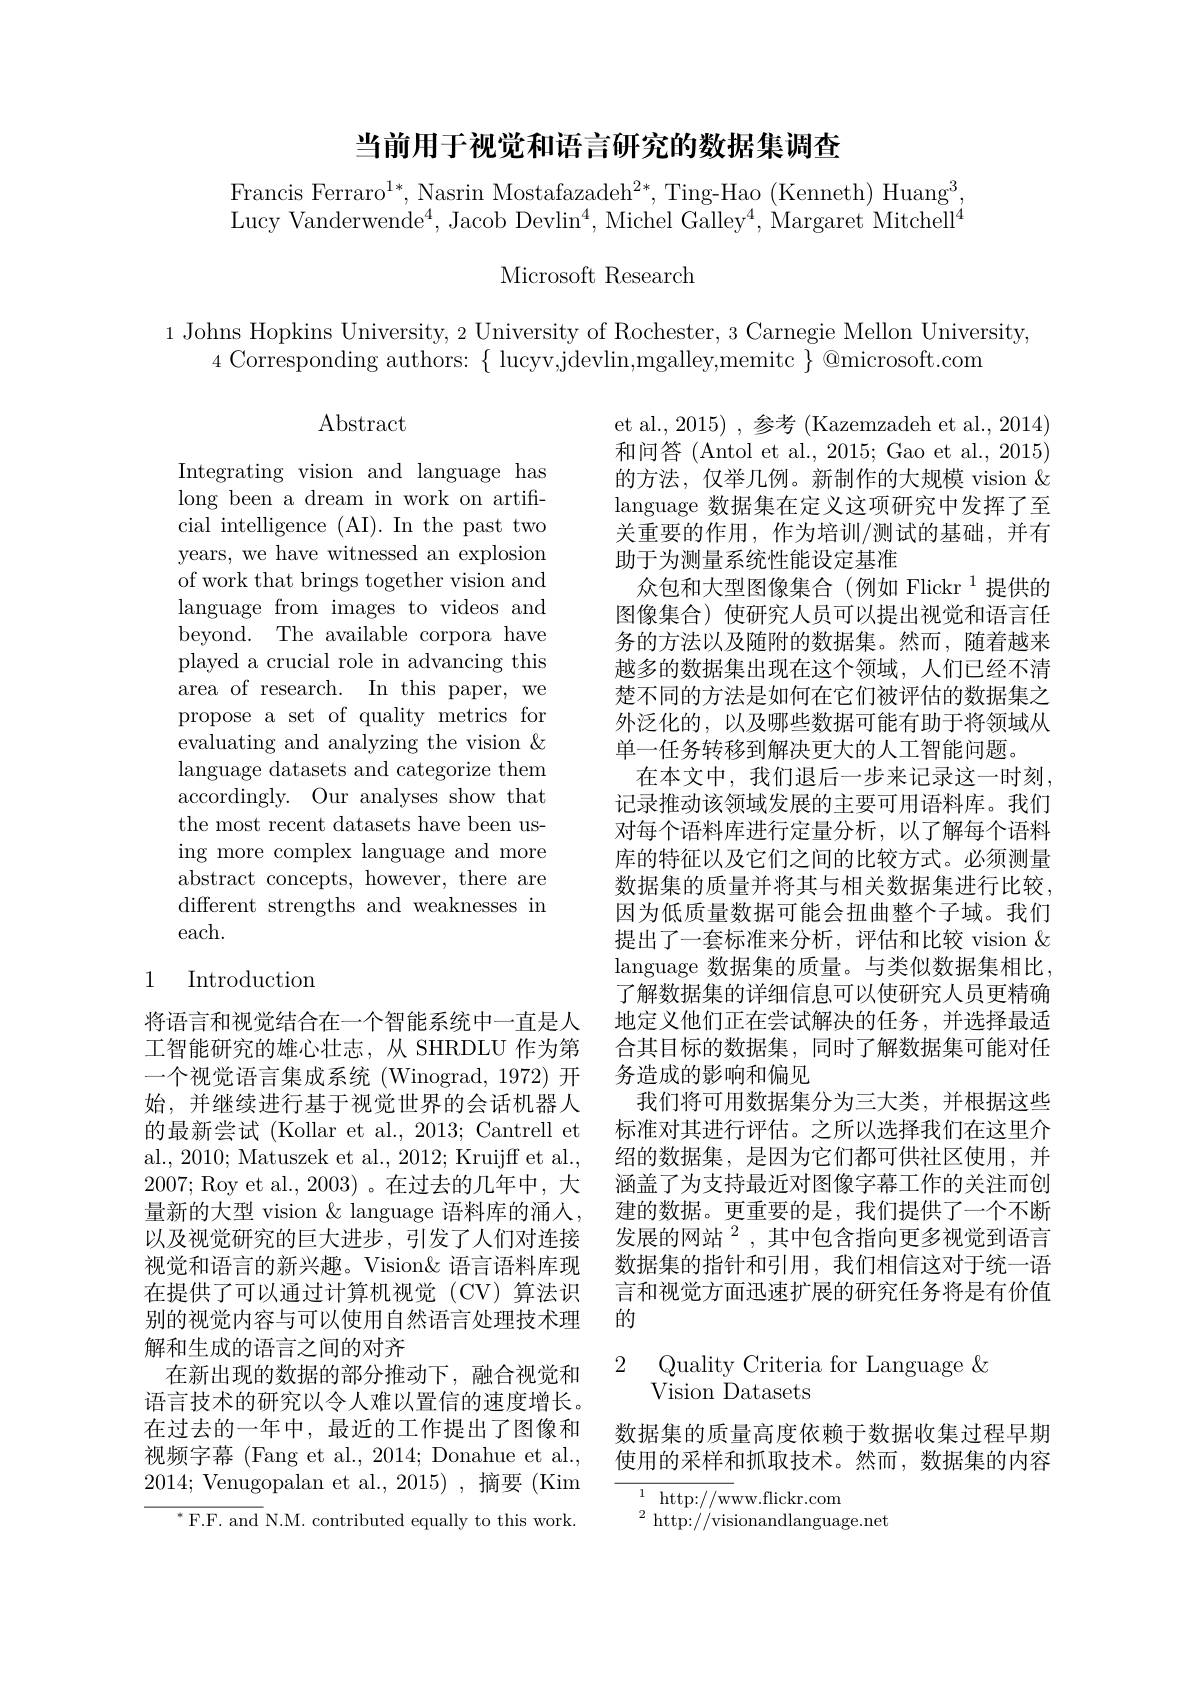
## 当前用于视觉和语言研究的数据集调查

Francis Ferraro$^1*$,Nasrin Mostafazadeh$^2*$,Ting-Hao (Kenneth) Huang$^3.$ Lucy Vanderwende$^4$,Jacob Devlin$^4$,Michel Galley$^4$,Margaret Mitchell$^4$

Microsoft Research

1 Johns Hopkins University, 2 University of Rochester, 3 Carnegie Mellon University,
4 Corresponding authors: $\{$ lucyv,jdevlin,mgalley,memitc $\}$ @microsoft.com

Abstract

Integrating vision and language has long been a dream in work on artificial intelligence (AI). In the past two years, we have witnessed an explosion of work that brings together vision and language from images to videos and beyond. The available corpora have played a crucial role in advancing this area of research. In this paper, we propose a set of quality metrics for evaluating and analyzing the vision & language datasets and categorize them accordingly. Our analyses show that the most recent datasets have been using more complex language and more abstract concepts, however, there are different strengths and weaknesses in each.

et al., 2015) , 参考 (Kazemzadeh et al., 2014) 和问答 (Antol et al., 2015; Gao et al., 2015) 的方法，仅举几例。新制作的大规模 vision $\&$ language 数据集在定义这项研究中发挥了至关重要的作用，作为培训/测试的基础，并有助于为测量系统性能设定基准
众包和大型图像集合(例如 Flickr$^{1}$提供的图像集合) 使研究人员可以提出视觉和语言任务的方法以及随附的数据集。然而，随着越来越多的数据集出现在这个领域，人们已经不清楚不同的方法是如何在它们被评估的数据集之外泛化的，以及哪些数据可能有助于将领域从单一任务转移到解决更大的人工智能问题。
在本文中，我们退后一步来记录这一时刻， 记录推动该领域发展的主要可用语料库。我们对每个语料库进行定量分析，以了解每个语料库的特征以及它们之间的比较方式。必须测量数据集的质量并将其与相关数据集进行比较， 因为低质量数据可能会扭曲整个子域。我们提出了一套标准来分析，评估和比较 vision & language 数据集的质量。与类似数据集相比， 了解数据集的详细信息可以使研究人员更精确地定义他们正在尝试解决的任务，并选择最适
工智能研究的雄心壮志，从 SHRDLU 作为第 合其目标的数据集，同时了解数据集可能对任
一个视觉语言集成系统 (Winograd, 1972) 开 务造成的影响和偏见
我们将可用数据集分为三大类，并根据这些标准对其进行评估。之所以选择我们在这里介绍的数据集，是因为它们都可供社区使用，并涵盖了为支持最近对图像字幕工作的关注而创建的数据。更重要的是，我们提供了一个不断发展的网站$^2$,其中包含指向更多视觉到语言数据集的指针和引用，我们相信这对于统一语言和视觉方面迅速扩展的研究任务将是有价值的

## 1 Introduction

将语言和视觉结合在一个智能系统中一直是人始，并继续进行基于视觉世界的会话机器人的最新尝试 (Kollar et al., 2013; Cantrell et al., 2010; Matuszek et al., 2012; Kruijff et al., 2007; Roy et al., 2003)。在过去的几年中，大量新的大型 vision & language 语料库的涌人， 以及视觉研究的巨大进步，引发了人们对连接视觉和语言的新兴趣。Vision&语言语料库现在提供了可以通过计算机视觉(CV)算法识别的视觉内容与可以使用自然语言处理技术理解和生成的语言之间的对齐
在新出现的数据的部分推动下，融合视觉和语言技术的研究以令人难以置信的速度增长。在过去的一年中，最近的工作提出了图像和视频字幕 (Fang et al., 2014; Donahue et al., 2014;Venugopalan et al., 2015), 摘要(Kim
$^{*}$F.F. and N.M. contributed equally to this work.

## 2 Quality Criteria for Language $\&$ Vision Datasets

数据集的质量高度依赖于数据收集过程早期使用的采样和抓取技术。然而，数据集的内容

$\begin{array}{cc}{1}&{\mathrm{http://www.flickr.com}}\\\end{array}$
$^{2}$ http://visionandlanguage.net